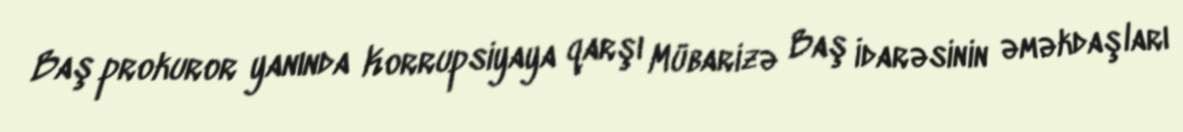
Baş prokuror yanında Korrupsiyaya qarşı Mübarizə Baş İdarəsinin əməkdaşları